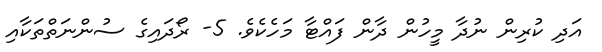
އަދި ކުރިން ނުދާ މީހުން ދާން ފައްޓާ މަހެކެވެ. 5- ރޯދައިގެ ސުންނަތްތަކާއި